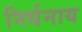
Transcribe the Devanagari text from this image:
निर्धनाय